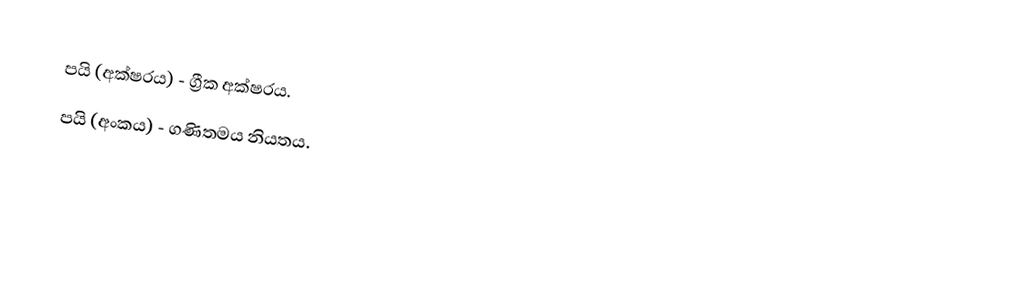
පයි (අක්ෂරය) - ග්‍රීක අක්ෂරය.
 පයි (අංකය) - ගණිතමය නියතය.